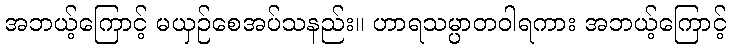
အဘယ့်ကြောင့် မယှဉ်စေအပ်သနည်း။ ဟာရသမ္ပာတဝါရကား အဘယ့်ကြောင့်